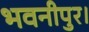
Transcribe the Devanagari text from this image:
भवनीपुर।